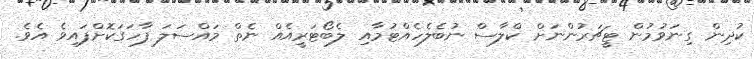
ކުދިން ގިނަވުމުން ޓީޗަރުންނަށް ކްލާސް ނުބެލެހެއްޓުމާއި ލެބޯޓަރީއެއް ނެތް މައްސަލަ ފާހަގަކޮށްފައިވެ އެވެ.